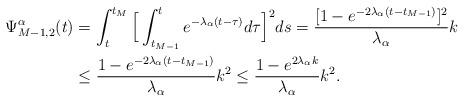
LaTeX: \begin{align*}\Psi_{M-1,2}^\alpha(t)&=\int_t^{t_M} \Big[\int_{t_{M-1}}^t e^{-\lambda_\alpha(t-\tau)}d\tau \Big]^2ds =\frac{[1-e^{-2\lambda_\alpha(t-t_{M-1})}]^2}{\lambda_\alpha} k \\&\leq \frac{1-e^{-2\lambda_\alpha(t-t_{M-1})}}{\lambda_\alpha} k^2\leq \frac{1-e^{2\lambda_\alpha k}}{\lambda_\alpha} k^2.\end{align*}